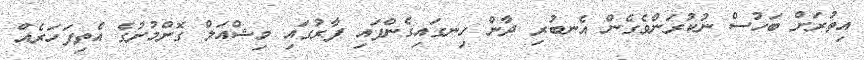
އިތުރަށް ބަހުސް ނުކުރަންވެގެން އެނބުރި ދާން ހިނގައިގެންފައި ފާރުގައި މިޝްއަލް ގޮށްމުށުގެ އެތިފަހަރެއް